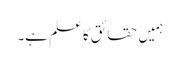
ہمیں حقائق کا علم ہے۔